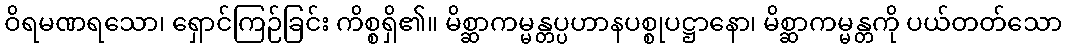
ဝိရမဏရသော၊ ရှောင်ကြဉ်ခြင်း ကိစ္စရှိ၏။ မိစ္ဆာကမ္မန္တပ္ပဟာနပစ္စုပဋ္ဌာနော၊ မိစ္ဆာကမ္မန္တကို ပယ်တတ်သော